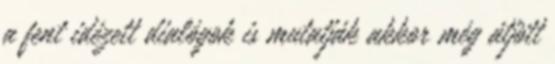
a fent idézett dialógok is mutatják akkor még átjött